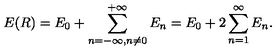
E ( R ) = E _ { 0 } + \sum _ { n = - \infty , n \not = 0 } ^ { + \infty } E _ { n } = E _ { 0 } + 2 \sum _ { n = 1 } ^ { \infty } E _ { n } .